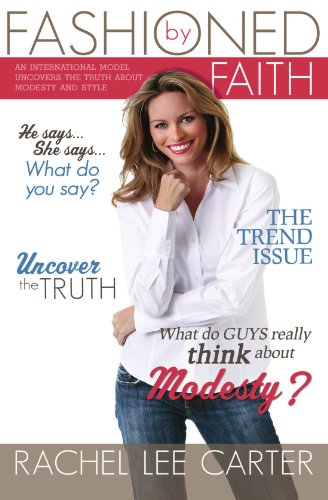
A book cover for Fashioned by Faith; Rachel Lee Carter; Teen & Young Adult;